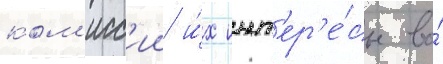
ком'исс'ии и́х инт'ер'е́сы во́